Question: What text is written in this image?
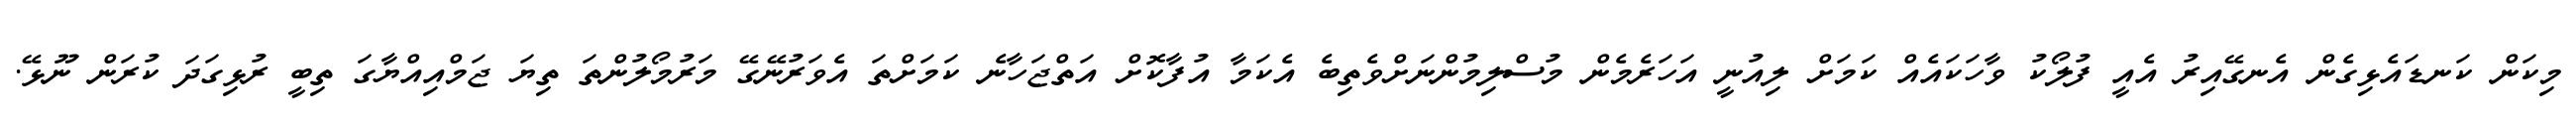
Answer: މިކަން ކަނޑައެޅިގެން އެނގޭއިރު އެއީ ފުލޯކު ވާހަކައެއް ކަމަށް ލިއުނީ އަހަރެމެން މުސްލިމުންނަށްވެތިބެ އެކަމާ އުފާކޮށް އަތްޖަހާނެ ކަމަށްތަ އެވަރުނޭގޭ މަރުމޯލުންތަ ތިޔަ ޖަމްއިއްޔާގަ ތިބީ ރުޅިގަދަ ކުރަން ނޫޅޭ.